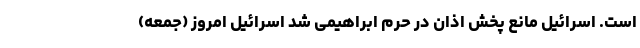
است. اسرائیل مانع پخش اذان در حرم ابراهیمی شد اسرائیل امروز (جمعه)